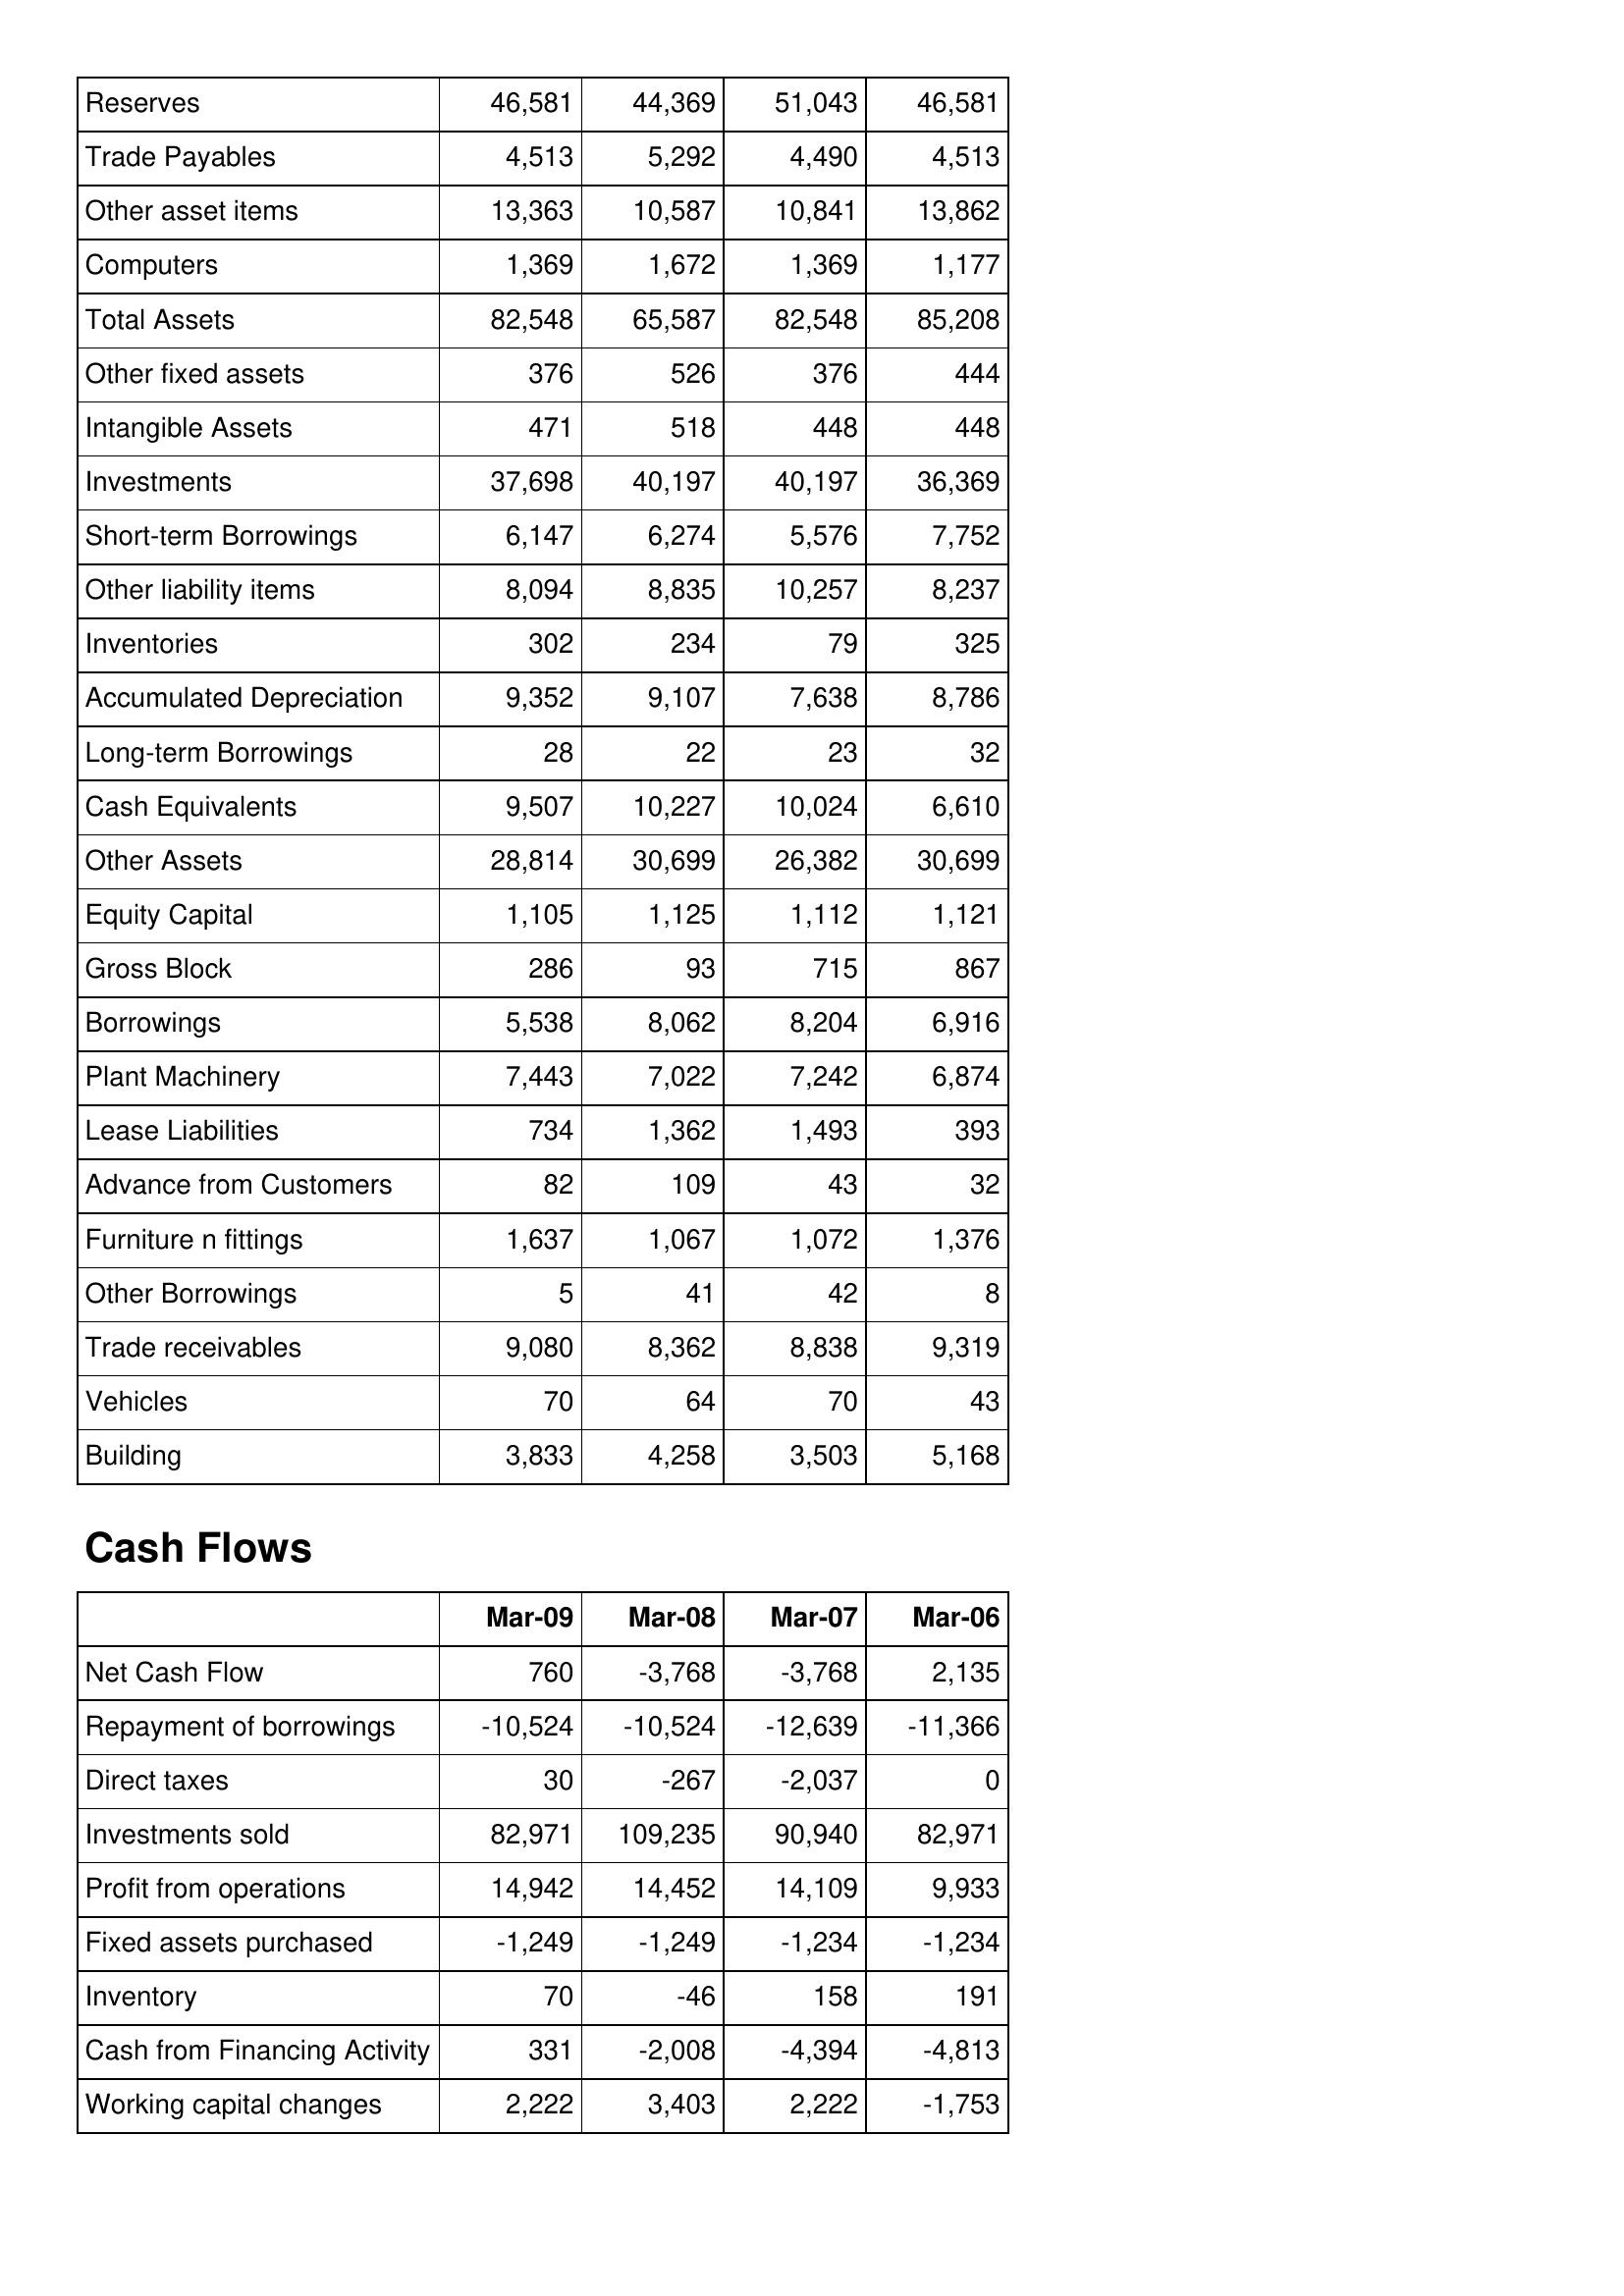
Mar-09: Balance Sheet: Reserves: 46,581
Trade Payables: 4,513
Other asset items: 13,363
Computers: 1,369
Total Assets: 82,548
Other fixed assets: 376
Intangible Assets: 471
Investments: 37,698
Short-term Borrowings: 6,147
Other liability items: 8,094
Inventories: 302
Accumulated Depreciation: 9,352
Long-term Borrowings: 28
Cash Equivalents: 9,507
Other Assets: 28,814
Equity Capital: 1,105
Gross Block: 286
Borrowings: 5,538
Plant Machinery: 7,443
Lease Liabilities: 734
Advance from Customers: 82
Furniture n fittings: 1,637
Other Borrowings: 5
Trade receivables: 9,080
Vehicles: 70
Building: 3,833
Cash Flows: Net Cash Flow: 760
Repayment of borrowings: -10,524
Direct taxes: 30
Investments sold: 82,971
Profit from operations: 14,942
Fixed assets purchased: -1,249
Inventory: 70
Cash from Financing Activity: 331
Working capital changes: 2,222
Mar-08: Balance Sheet: Reserves: 44,369
Trade Payables: 5,292
Other asset items: 10,587
Computers: 1,672
Total Assets: 65,587
Other fixed assets: 526
Intangible Assets: 518
Investments: 40,197
Short-term Borrowings: 6,274
Other liability items: 8,835
Inventories: 234
Accumulated Depreciation: 9,107
Long-term Borrowings: 22
Cash Equivalents: 10,227
Other Assets: 30,699
Equity Capital: 1,125
Gross Block: 93
Borrowings: 8,062
Plant Machinery: 7,022
Lease Liabilities: 1,362
Advance from Customers: 109
Furniture n fittings: 1,067
Other Borrowings: 41
Trade receivables: 8,362
Vehicles: 64
Building: 4,258
Cash Flows: Net Cash Flow: -3,768
Repayment of borrowings: -10,524
Direct taxes: -267
Investments sold: 109,235
Profit from operations: 14,452
Fixed assets purchased: -1,249
Inventory: -46
Cash from Financing Activity: -2,008
Working capital changes: 3,403
Mar-07: Balance Sheet: Reserves: 51,043
Trade Payables: 4,490
Other asset items: 10,841
Computers: 1,369
Total Assets: 82,548
Other fixed assets: 376
Intangible Assets: 448
Investments: 40,197
Short-term Borrowings: 5,576
Other liability items: 10,257
Inventories: 79
Accumulated Depreciation: 7,638
Long-term Borrowings: 23
Cash Equivalents: 10,024
Other Assets: 26,382
Equity Capital: 1,112
Gross Block: 715
Borrowings: 8,204
Plant Machinery: 7,242
Lease Liabilities: 1,493
Advance from Customers: 43
Furniture n fittings: 1,072
Other Borrowings: 42
Trade receivables: 8,838
Vehicles: 70
Building: 3,503
Cash Flows: Net Cash Flow: -3,768
Repayment of borrowings: -12,639
Direct taxes: -2,037
Investments sold: 90,940
Profit from operations: 14,109
Fixed assets purchased: -1,234
Inventory: 158
Cash from Financing Activity: -4,394
Working capital changes: 2,222
Mar-06: Balance Sheet: Reserves: 46,581
Trade Payables: 4,513
Other asset items: 13,862
Computers: 1,177
Total Assets: 85,208
Other fixed assets: 444
Intangible Assets: 448
Investments: 36,369
Short-term Borrowings: 7,752
Other liability items: 8,237
Inventories: 325
Accumulated Depreciation: 8,786
Long-term Borrowings: 32
Cash Equivalents: 6,610
Other Assets: 30,699
Equity Capital: 1,121
Gross Block: 867
Borrowings: 6,916
Plant Machinery: 6,874
Lease Liabilities: 393
Advance from Customers: 32
Furniture n fittings: 1,376
Other Borrowings: 8
Trade receivables: 9,319
Vehicles: 43
Building: 5,168
Cash Flows: Net Cash Flow: 2,135
Repayment of borrowings: -11,366
Direct taxes: 0
Investments sold: 82,971
Profit from operations: 9,933
Fixed assets purchased: -1,234
Inventory: 191
Cash from Financing Activity: -4,813
Working capital changes: -1,753